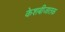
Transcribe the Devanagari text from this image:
केशबीजातक